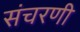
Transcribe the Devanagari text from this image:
संचरणी